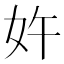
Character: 𱙈